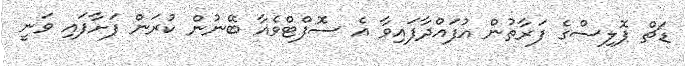
ޑަޗް ޕޮލިސްގެ ފަރާތުން އުފައްދާފައިވާ އެ ސޮފްޓްވެއާ ބޭނުން ކުރަން ފަށާފައި ވަނީ